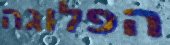
הפלוגה